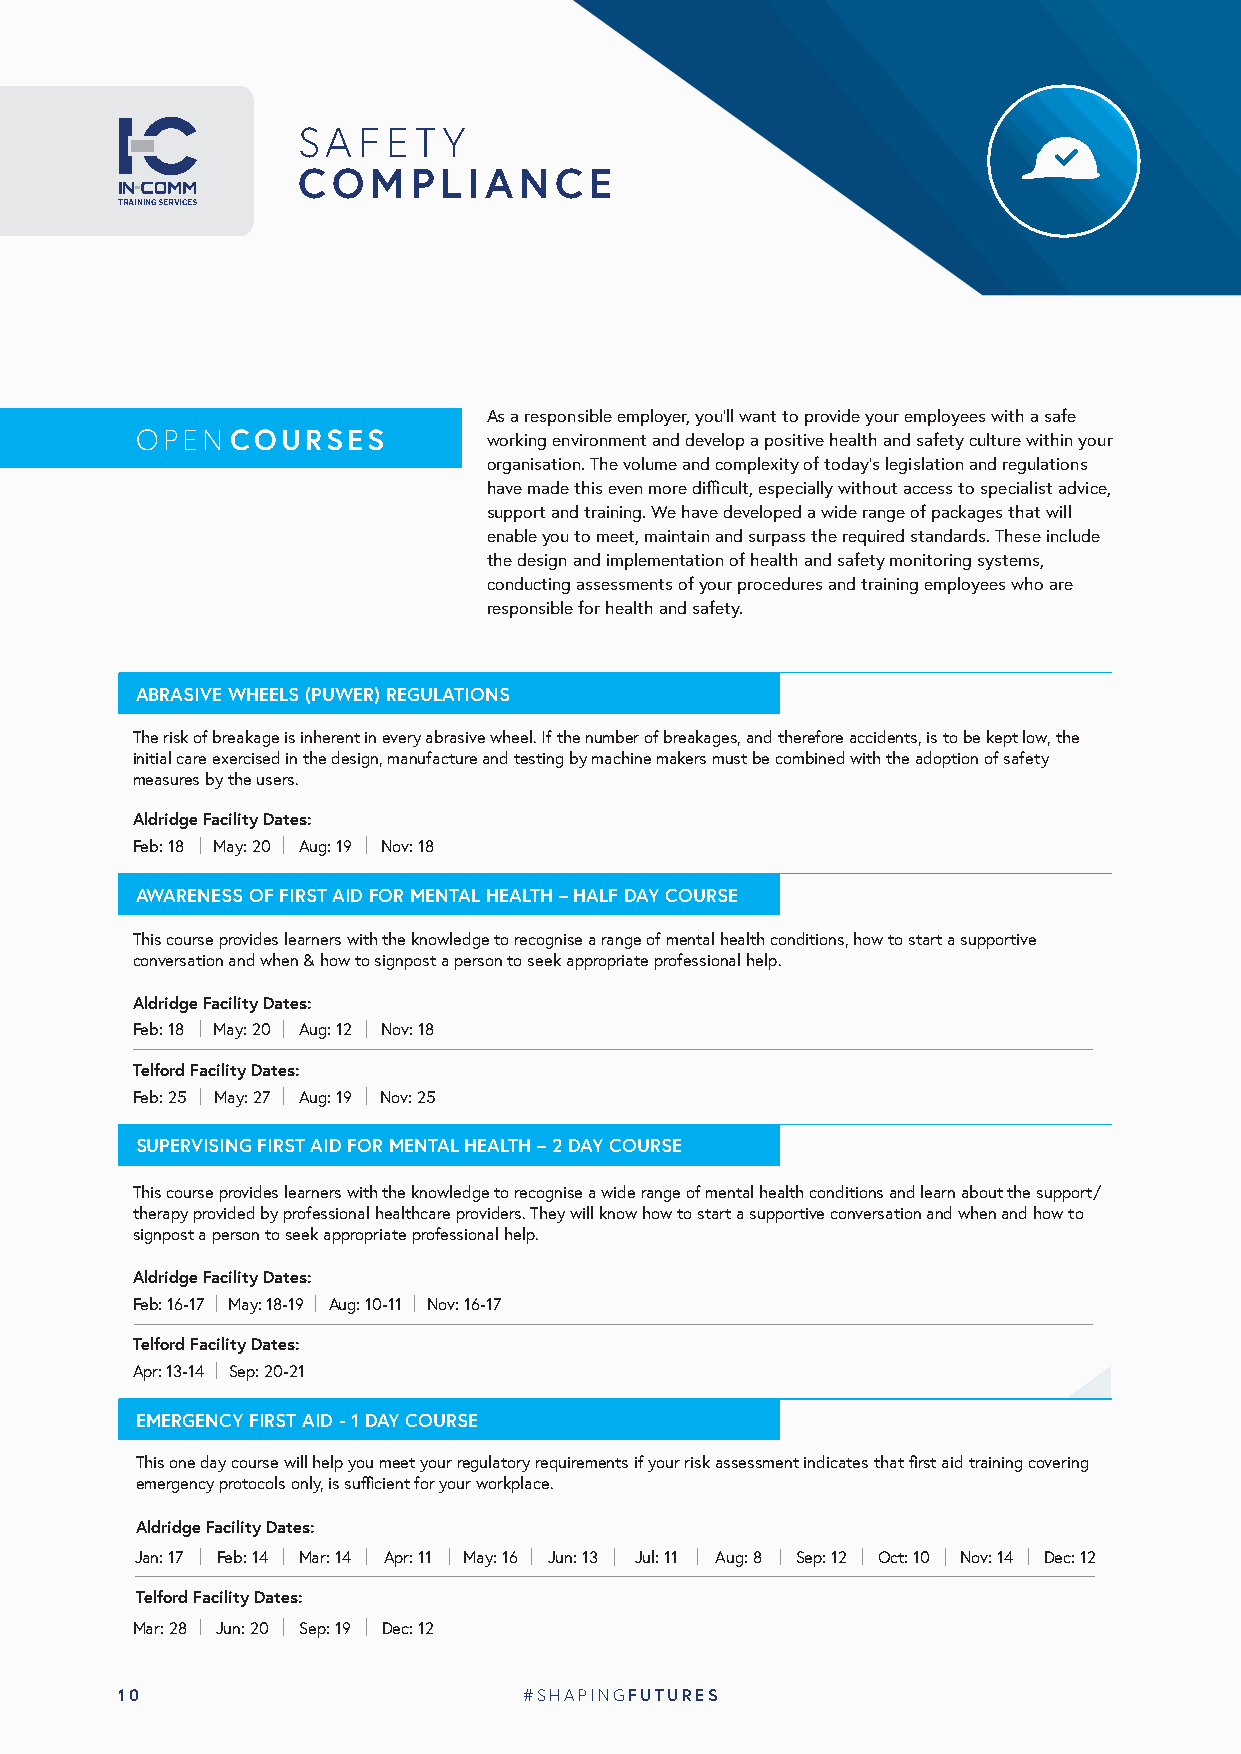
SAFETY
 COMPLIANCE
 TRAINING SERVICES
 As a responsible employer, you’ll want to provide your employees with a safe
 OPEN  COURSES          working environment and develop a positive health and safety culture within your
 organisation. The volume and complexity of today’s legislation and regulations
 have made this even more difficult, especially without access to specialist advice,
 support and training. We have developed a wide range of packages that will
 enable you to meet, maintain and surpass the required standards. These include
 the design and implementation of health and safety monitoring systems,
 conducting assessments of your procedures and training employees who are
 responsible for health and safety.
 ABRASIVE WHEELS (PUWER) REGULATIONS
 The risk of breakage is inherent in every abrasive wheel. If the number of breakages, and therefore accidents, is to be kept low, the
 initial care exercised in the design, manufacture and testing by machine makers must be combined with the adoption of safety
 measures by the users.
 Aldridge Facility Dates:
 Feb: 18 May: 20 Aug: 19 Nov: 18
 AWARENESS OF FIRST AID FOR MENTAL HEALTH – HALF DAY COURSE
 This course provides learners with the knowledge to recognise a range of mental health conditions, how to start a supportive
 conversation and when & how to signpost a person to seek appropriate professional help.
 Aldridge Facility Dates:
 Feb: 18 May: 20 Aug: 12 Nov: 18
 Telford Facility Dates:
 Feb: 25 May: 27 Aug: 19 Nov: 25
 SUPERVISING FIRST AID FOR MENTAL HEALTH – 2 DAY COURSE
 This course provides learners with the knowledge to recognise a wide range of mental health conditions and learn about the support/
 therapy provided by professional healthcare providers. They will know how to start a supportive conversation and when and how to
 signpost a person to seek appropriate professional help.
 Aldridge Facility Dates:
 Feb: 16-17 May: 18-19 Aug: 10-11 Nov: 16-17
 Telford Facility Dates:
 Apr: 13-14 Sep: 20-21
 EMERGENCY FIRST AID - 1 DAY COURSE
 This one day course will help you meet your regulatory requirements if your risk assessment indicates that first aid training covering
 emergency protocols only, is sufficient for your workplace.
 Aldridge Facility Dates:
 Jan: 17 Feb: 14 Mar: 14 Apr: 11 May: 16 Jun: 13 Jul: 11 Aug: 8 Sep: 12 Oct: 10 Nov: 14 Dec: 12
 Telford Facility Dates:
 Mar: 28 Jun: 20 Sep: 19 Dec: 12
 10                         #SHAPINGFUTURES